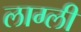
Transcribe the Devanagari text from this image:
लाग्ली